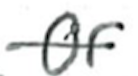
Text: or
Cross-out: single-line
Writing tool: ballpoint